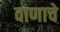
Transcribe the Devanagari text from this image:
वाणाचे